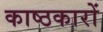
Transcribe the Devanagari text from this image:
काष्ठकारों